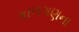
કાળગણના